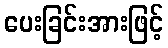
ပေးခြင်းအားဖြင့်